Document type: Sale
Year: 1439
Scribe: Arnau d'Illes
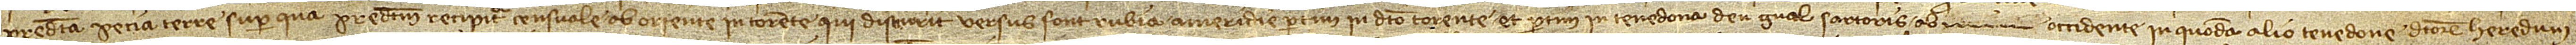
predicta pecia terre super qua predictum recipitur censuale ab oriente in torente qui dicurrit versus Font Rubia; a meridie partim in dicto torente et partim in tenedona d’en Gual, sartoris; ab occidente in quodam alio tenedone dictorum heredum